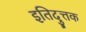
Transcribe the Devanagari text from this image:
इतिदुत्तक